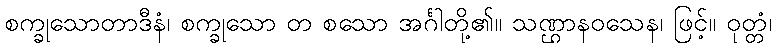
စက္ခုသောတာဒီနံ၊ စက္ခုသော တ စသော အင်္ဂါတို့၏။ သဏ္ဌာနဝသေန၊ ဖြင့်။ ဝုတ္တံ၊